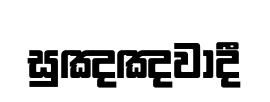
සුඤඤවාදී